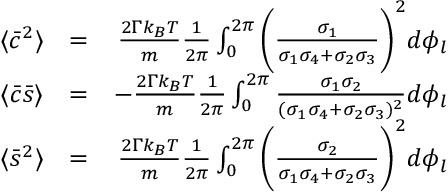
\begin{array} { r l r } { \langle \bar { c } ^ { 2 } \rangle } & { = } & { \frac { 2 \Gamma k _ { B } T } { m } \frac { 1 } { 2 \pi } \int _ { 0 } ^ { 2 \pi } \bigg ( \frac { \sigma _ { 1 } } { \sigma _ { 1 } \sigma _ { 4 } + \sigma _ { 2 } \sigma _ { 3 } } \bigg ) ^ { 2 } d \phi _ { l } } \\ { \langle \bar { c } \bar { s } \rangle } & { = } & { - \frac { 2 \Gamma k _ { B } T } { m } \frac { 1 } { 2 \pi } \int _ { 0 } ^ { 2 \pi } \frac { \sigma _ { 1 } \sigma _ { 2 } } { ( \sigma _ { 1 } \sigma _ { 4 } + \sigma _ { 2 } \sigma _ { 3 } ) ^ { 2 } } d \phi _ { l } } \\ { \langle \bar { s } ^ { 2 } \rangle } & { = } & { \frac { 2 \Gamma k _ { B } T } { m } \frac { 1 } { 2 \pi } \int _ { 0 } ^ { 2 \pi } \bigg ( \frac { \sigma _ { 2 } } { \sigma _ { 1 } \sigma _ { 4 } + \sigma _ { 2 } \sigma _ { 3 } } \bigg ) ^ { 2 } d \phi _ { l } } \end{array}